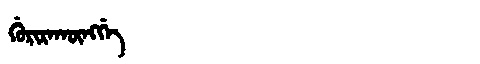
Manchu: ᡤᡠᡵᡳᡵᠠᡴᡡᠩᡤᡝ
Romanization: GURIRAKŪNGGE